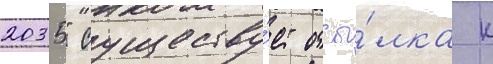
2035" существу́ет отсы́лка к